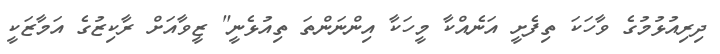
ދިރިއުޅުމުގެ ވާހަކަ ތިފެށީ އަނެއްކާ މީހަކާ އިންނަންތަ ތިއުޅެނީ" ޒީވާއަށް ރާކިޒުގެ އަމާޒަކީ